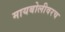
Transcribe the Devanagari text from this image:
मायबोलीवरच